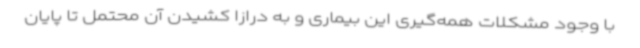
با وجود مشکلات همه‌گیری این بیماری و به درازا کشیدن آن محتمل تا پایان